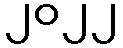
၂၀၂၂